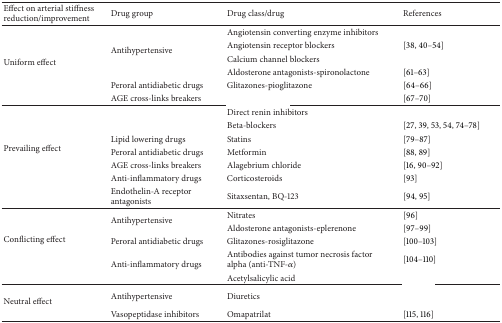
<table><thead><tr><td><b>Effect on arterial stiffness reduction/improvement </b></td><td><b>Drug group</b></td><td><b>Drug class/drug</b></td><td><b>References</b></td></tr></thead><tbody><tr><td rowspan="6">Uniform effect</td><td rowspan="4">Antihypertensive</td><td>Angiotensin converting enzyme inhibitors</td><td>[EMPTY_CELL]</td></tr><tr><td>Angiotensin receptor blockers</td><td>[38, 40–54]</td></tr><tr><td>Calcium channel blockers</td><td>[EMPTY_CELL]</td></tr><tr><td>Aldosterone antagonists-spironolactone</td><td>[61–63]</td></tr><tr><td>Peroral antidiabetic drugs</td><td>Glitazones-pioglitazone</td><td>[64–66]</td></tr><tr><td>AGE cross-links breakers</td><td>[EMPTY_CELL]</td><td>[67–70]</td></tr><tr><td rowspan="7">Prevailing effect</td><td rowspan="2">[EMPTY_CELL]</td><td>Direct renin inhibitors</td><td>[EMPTY_CELL]</td></tr><tr><td>Beta-blockers</td><td>[27, 39, 53, 54, 74–78]</td></tr><tr><td>Lipid lowering drugs</td><td>Statins</td><td>[79–87]</td></tr><tr><td>Peroral antidiabetic drugs</td><td>Metformin</td><td>[88, 89]</td></tr><tr><td>AGE cross-links breakers</td><td>Alagebrium chloride</td><td>[16, 90–92]</td></tr><tr><td>Anti-inflammatory drugs</td><td>Corticosteroids</td><td>[93]</td></tr><tr><td>Endothelin-A receptor antagonists</td><td>Sitaxsentan, BQ-123</td><td>[94, 95]</td></tr><tr><td rowspan="5">Conflicting effect</td><td rowspan="2">Antihypertensive</td><td>Nitrates</td><td>[96]</td></tr><tr><td>Aldosterone antagonists-eplerenone</td><td>[97–99]</td></tr><tr><td>Peroral antidiabetic drugs</td><td>Glitazones-rosiglitazone</td><td>[100–103]</td></tr><tr><td rowspan="2">Anti-inflammatory drugs</td><td>Antibodies against tumor necrosis factor alpha (anti-TNF-<i>α</i>)</td><td>[104–110]</td></tr><tr><td>Acetylsalicylic acid</td><td>[EMPTY_CELL]</td></tr><tr><td rowspan="2">Neutral effect</td><td>Antihypertensive</td><td>Diuretics</td><td>[EMPTY_CELL]</td></tr><tr><td>Vasopeptidase inhibitors</td><td>Omapatrilat</td><td>[115, 116]</td></tr></tbody></table>